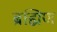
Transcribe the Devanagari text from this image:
ब्रह्मिण